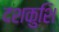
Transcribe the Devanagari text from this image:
दशकुशि